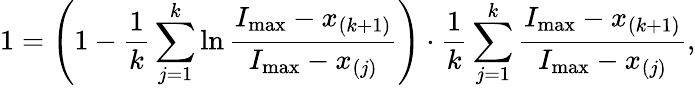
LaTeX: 1=\left(1-\frac 1k\sum_{j=1}^{k}\ln\frac{I_{\operatorname*{max}}-x_{(k+1)}}{I_{\operatorname*{max}}-x_{(j)}}\right)\cdot\frac 1k\sum_{j=1}^{k}\frac{I_{\operatorname*{max}}-x_{(k+1)}}{I_{\operatorname*{max}}-x_{(j)}},